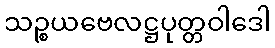
သဉ္စယဗေလဋ္ဌပုတ္တဝါဒေါ